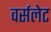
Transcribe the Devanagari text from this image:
वर्सलेट